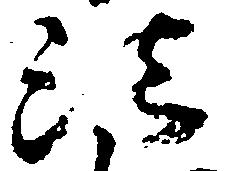
法